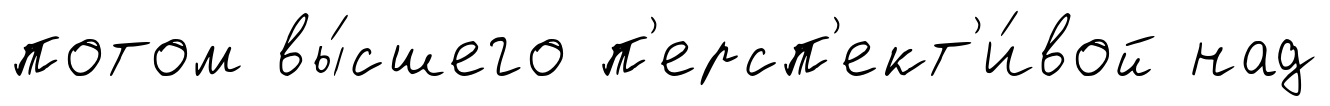
потом вы́сшего п'ерсп'ект'и́вой над